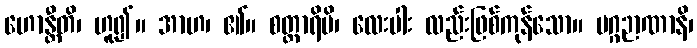
ဟောန္တီတိ၊ ဟူ၍။ အာဟ၊ ၏။ စတ္တာရိပိ၊ လေးပါး လည်းဖြစ်ကုန်သော။ မဂ္ဂဉာဏာနိ၊